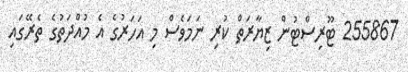
255867 ޓޫރިސްޓުން ޒިޔާރަތް ކުރި ނަމަވެސް މި އަހަރުގެ އެ މުއްދަތުގެ ތެރޭގައި